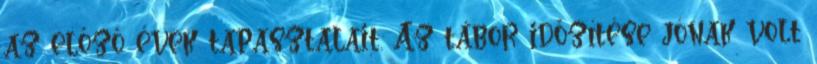
az előző évek tapasztalait. Az tábor időzítése jónak volt